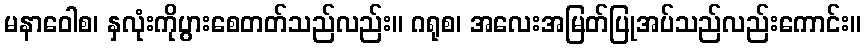
မနာဝေါစ၊ နှလုံးကိုပွားစေတတ်သည်လည်း။ ဂရုစ၊ အလေးအမြတ်ပြုအပ်သည်လည်းကောင်း။